Report on the bubonic plague in Bombay, 1896-1897
Year: 1896
Disease focus: Plague
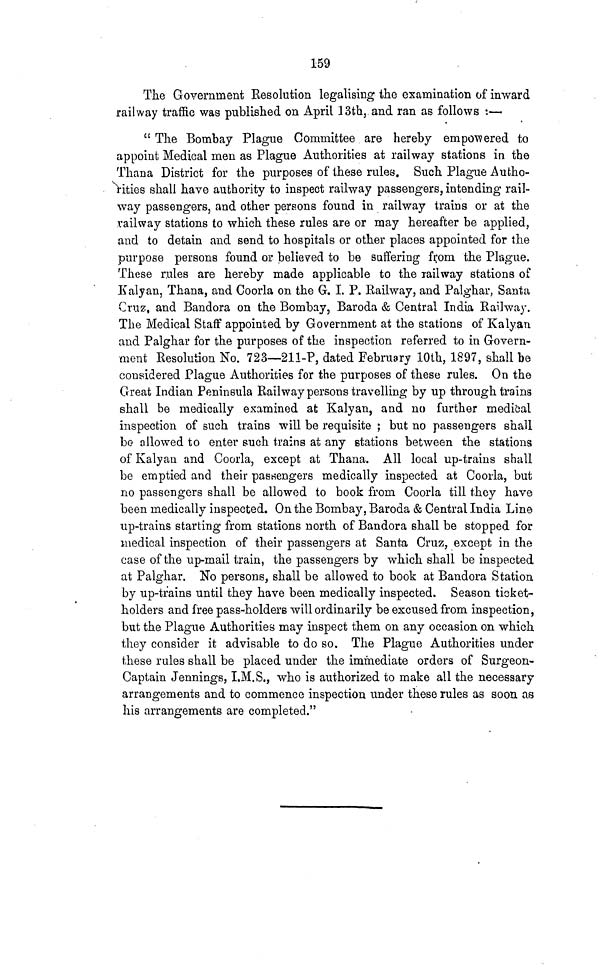
159
The Government Eesolution legalising the examination of inward
railway traffic was published on April 13th, and ran as follows :—
" The Bombay Plague Committee are hereby empowered to
appoint Medical men as Plague Authorities at railway stations in the
Than a District for the purposes of these rules. Such Plague Autho-
\ities shall have authority to inspect railway passengers, intending rail-
way passengers, and other persons found in railway trains or at the
railway stations to which these rules are or may hereafter be applied,
and to detain and send to hospitals or other places appointed for the
purpose persons found or believed to be suffering from the Plague.
These rules are hereby made applicable to the railway stations of
Kalyan, Thana, and Coorla on the G. I. P. Railway, and Palghar, Santa
Cruz, and Bandora on the Bombay, Baroda & Central India Railway.
The Medical Staff appointed by Government at the stations of Kalyan
and Palghar for the purposes of the inspection referred to in Govern-
ment Resolution No. 723—211-P, dated February 10th, 1897, shall be
considered Plague Authorities for the purposes of these rules. On the
Great Indian Peninsula Railway persons travelling by up through trains
shall be medically examined at Kalyan, and no further medical
inspection of such trains will be requisite ; but no passengers shall
be allowed to enter such trains at any stations between the stations
of Kalyan and Coorla, except at Thana. All local up-trains shall
be emptied and their passengers medically inspected at Coorla, but
rio passengers shall be allowed to book from Coorla till they have
been medically inspected. On the Bombay, Baroda & Central India Line
up-trains starting from stations north of Bandora shall be stopped for
medical inspection of their passengers at Santa Cruz, except in the
case of the up-mail train, the passengers by which shall be inspected
at Palghar. No persons, shall be allowed to book at Bandora Station
by up-trains until they have been medically inspected. Season ticket-
holders and free pass-holders will ordinarily be excused from inspection,
but the Plague Authorities may inspect them on any occasion on which
they consider it advisable to do so. The Plague Authorities under
these rules shall be placed under the immediate orders of Surgeon-
Captain Jennings, I.M.S., who is authorized to make all the necessary
arrangements and to commence inspection under these rules as soon as
his arrangements are completed."